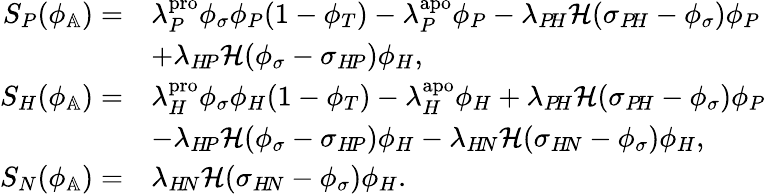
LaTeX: \begin{array}{rl}{S_{P}(\phi_{\mathbb{A}})=}&{\lambda_{P}^{\textup{pro}}\phi_{\sigma}\phi_{P}(1-\phi_{T})-\lambda_{P}^{\textup{apo}}\phi_{P}-\lambda_{P\! H}\mathcal{H}(\sigma_{P\! H}-\phi_{\sigma})\phi_{P}}\\ &{+\lambda_{H\! P}\mathcal{H}(\phi_{\sigma}-\sigma_{H\! P})\phi_{H},}\\ {S_{H}(\phi_{\mathbb{A}})=}&{\lambda_{H}^{\textup{pro}}\phi_{\sigma}\phi_{H}(1-\phi_{T})-\lambda_{H}^{\textup{apo}}\phi_{H}+\lambda_{P\! H}\mathcal{H}(\sigma_{P\! H}-\phi_{\sigma})\phi_{P}}\\ &{-\lambda_{H\! P}\mathcal{H}(\phi_{\sigma}-\sigma_{H\! P})\phi_{H}-\lambda_{H\! N}\mathcal{H}(\sigma_{H\! N}-\phi_{\sigma})\phi_{H},}\\ {S_{N}(\phi_{\mathbb{A}})=}&{\lambda_{H\! N}\mathcal{H}(\sigma_{H\! N}-\phi_{\sigma})\phi_{H}.}\end{array}